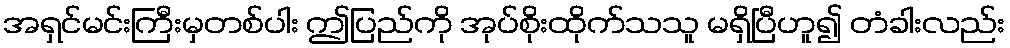
အရှင်မင်းကြီးမှတစ်ပါး ဤပြည်ကို အုပ်စိုးထိုက်သသူ မရှိပြီဟူ၍ တံခါးလည်း